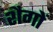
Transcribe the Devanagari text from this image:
शैगों